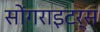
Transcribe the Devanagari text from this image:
सोंगराइटर्स